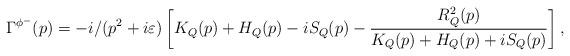
LaTeX: \begin{align*}\Gamma^{\phi^-}(p)=-i/(p^2+i\varepsilon)\left[K_Q(p)+H_Q(p)-iS_Q(p)-\frac{R_Q^2(p)}{K_Q(p)+H_Q(p)+iS_Q(p)}\right],\end{align*}